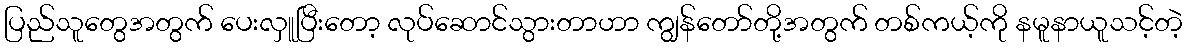
ပြည်သူတွေအတွက် ပေးလှူပြီးတော့ လုပ်ဆောင်သွားတာဟာ ကျွန်တော်တို့အတွက် တစ်ကယ့်ကို နမူနာယူသင့်တဲ့